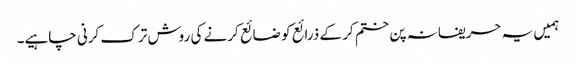
ہمیں یہ حریفانہ پن ختم کر کے ذرائع کو ضائع کرنے کی روش ترک کرنی چاہیے۔